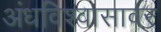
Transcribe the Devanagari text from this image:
अंधविश्वासावर